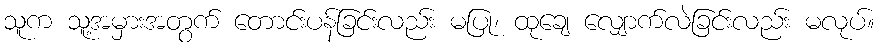
သူက သူ့အမှားအတွက် တောင်းပန်ခြင်းလည်း မပြု၊ ထုချေ လျှောက်လဲခြင်းလည်း မလုပ်။